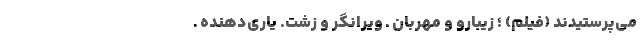
می‌پرستیدند (فیلم) ؛ زیبارو و مهربان ـ ویرانگر و زشت. یاری‌دهنده ـ